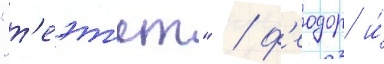
"т'еэт'ет" / ф'еодор и́